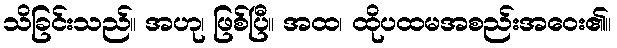
သိခြင်းသည်။ အဟု၊ ဖြစ်ပြီ။ အထ၊ ထိုပထမအစည်းအဝေး၏။